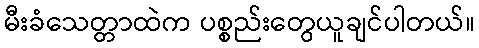
မီးခံသေတ္တာထဲက ပစ္စည်းတွေယူချင်ပါတယ်။